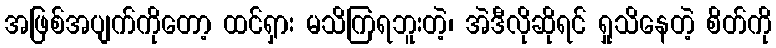
အဖြစ်အပျက်ကိုတော့ ထင်ရှား မသိကြရဘူးတဲ့၊ အဲဒီလိုဆိုရင် ရှုသိနေတဲ့ စိတ်ကို